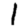
Digit: 1